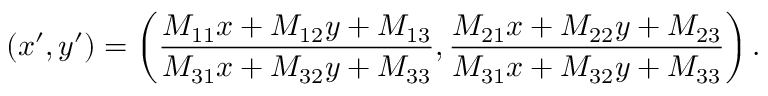
( x ^ { \prime } , y ^ { \prime } ) = \left( \frac { M _ { 1 1 } x + M _ { 1 2 } y + M _ { 1 3 } } { M _ { 3 1 } x + M _ { 3 2 } y + M _ { 3 3 } } , \frac { M _ { 2 1 } x + M _ { 2 2 } y + M _ { 2 3 } } { M _ { 3 1 } x + M _ { 3 2 } y + M _ { 3 3 } } \right) .